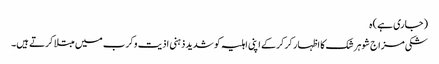
(جاری ہے) ہ
شکی مزاج شوہر شک کا اظہار کرکرکے اپنی اہلیہ کو شدید ذہنی اذیت وکرب میں مبتلا کرتے ہیں۔